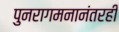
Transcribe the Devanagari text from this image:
पुनरागमनानंतरही